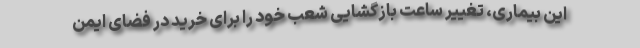
این بیماری، تغییر ساعت بازگشایی شعب خود را برای خرید در فضای ایمن